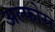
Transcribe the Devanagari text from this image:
अल्फोरा